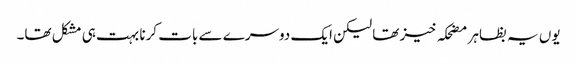
یوں یہ بظاہر مضحکہ خیز تھا لیکن ایک دوسرے سے بات کرنا بہت ہی مشکل تھا۔